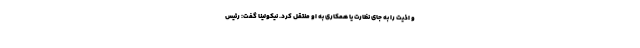
و اذیت را به جای نظارت یا همکاری به او منتقل کرد. نیکولینا گفت: رئیس